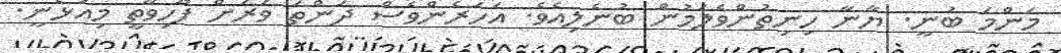
މަންމަ ބުނީ. ޔާނާ ހިނިތުންވެލަމުން ބުނެލިއެވެ. އަހަރެންވެސް ދަންތަ ވަރަށް ފޫހިވާތީ މިއުޅެނީ.